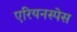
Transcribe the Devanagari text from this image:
एरियनस्पेस